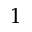
^ { 1 }